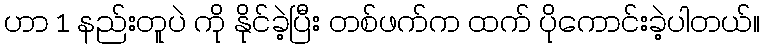
ဟာ 1 နည်းတူပဲ ကို နိုင်ခဲ့ပြီး တစ်ဖက်က ထက် ပိုကောင်းခဲ့ပါတယ်။